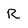
Character: R